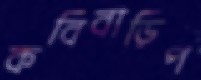
কবিবাড়িপ